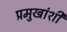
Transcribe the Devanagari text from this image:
प्रमुखांशी